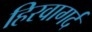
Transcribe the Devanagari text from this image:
हिरवागर्द